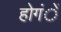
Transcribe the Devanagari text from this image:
होगंें